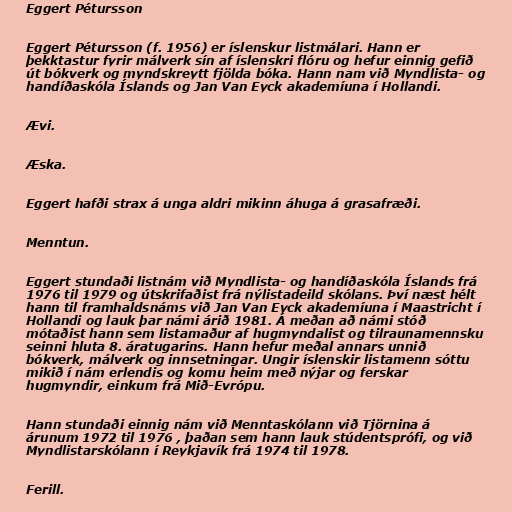
Eggert Pétursson

Eggert Pétursson (f. 1956) er íslenskur listmálari. Hann er
þekktastur fyrir málverk sín af íslenskri flóru og hefur einnig gefið
út bókverk og myndskreytt fjölda bóka. Hann nam við Myndlista- og
handíðaskóla Íslands og Jan Van Eyck akademíuna í Hollandi.

Ævi.

Æska.

Eggert hafði strax á unga aldri mikinn áhuga á grasafræði.

Menntun.

Eggert stundaði listnám við Myndlista- og handíðaskóla Íslands frá
1976 til 1979 og útskrifaðist frá nýlistadeild skólans. Því næst hélt
hann til framhaldsnáms við Jan Van Eyck akademíuna í Maastricht í
Hollandi og lauk þar námi árið 1981. Á meðan að námi stóð
mótaðist hann sem listamaður af hugmyndalist og tilraunamennsku
seinni hluta 8. áratugarins. Hann hefur meðal annars unnið
bókverk, málverk og innsetningar. Ungir íslenskir listamenn sóttu
mikið í nám erlendis og komu heim með nýjar og ferskar
hugmyndir, einkum frá Mið-Evrópu.

Hann stundaði einnig nám við Menntaskólann við Tjörnina á
árunum 1972 til 1976 , þaðan sem hann lauk stúdentsprófi, og við
Myndlistarskólann í Reykjavík frá 1974 til 1978.

Ferill.